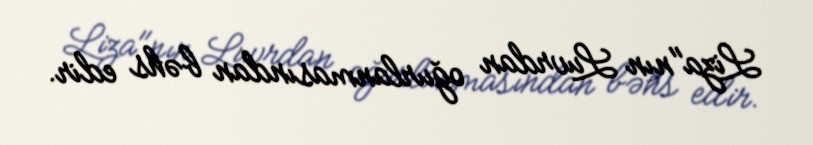
Liza"nın Luvrdan oğurlanmasından bəhs edir.